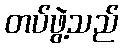
တပ်ဖွဲ့သည်